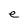
Character: e